Report on vaccination in the Province of Bengal - 1874-1889
Year: 1874
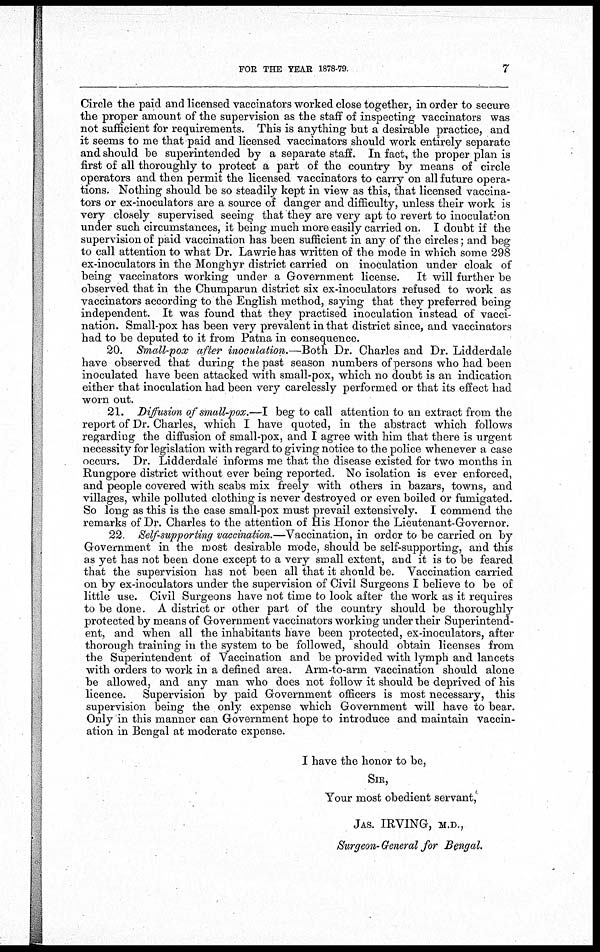
FOR THE YEAR 1878-79.
7
Circle the paid and licensed vaccinators worked close together, in order to secure
the proper amount of the supervision as the staff of inspecting vaccinators was
not sufficient for requirements. This is anything but a desirable practice, and
it seems to me that paid and licensed vaccinators should work entirely separate
and should be superintended by a separate staff. In fact, the proper plan is
first of all thoroughly to protect a part of the country by means of circle
operators and then permit the licensed vaccinators to carry on all future opera-
tions. Nothing should be so steadily kept in view as this, that licensed vaccina-
tors or ex-inoculators are a source of danger and difficulty, unless their work is
very closely supervised seeing that they are very apt to revert to inoculation
under such circumstances, it being much more easily carried on. I doubt if the
supervision of paid vaccination has been sufficient in any of the circles; and beg
to call attention to what Dr. Lawrie has written of the mode in which some 298
ex-inoculators in the Monghyr district carried on inoculation under cloak of
being vaccinators working under a Government license. It will further be
observed that in the Chumparun district six ex-inoculators refused to work as
vaccinators according to the English method, saying that they preferred being
independent. It was found that they practised inoculation instead of vacci-
nation. Small-pox has been very prevalent in that district since, and vaccinators
had to be deputed to it from Patna in consequence.
20. Small-pox after inoculation.—Both Dr. Charles and Dr. Lidderdale
have observed that during the past season numbers of persons who had been
inoculated have been attacked with small-pox, which no doubt is an indication
either that inoculation had been very carelessly performed or that its effect had
worn out.
21. Diffusion of small-pox.—I beg to call attention to an extract from the
report of Dr. Charles, which I have quoted, in the abstract which follows
regarding the diffusion of small-pox, and I agree with him that there is urgent
necessity for legislation with regard to giving notice to the police whenever a case
occurs. Dr. Lidderdale informs me that the disease existed for two months in
Rungpore district without ever being reported. No isolation is ever enforced,
and people covered with scabs mix freely with others in bazars, towns, and
villages, while polluted clothing is never destroyed or even boiled or fumigated.
So long as this is the case small-pox must prevail extensively. I commend the
remarks of Dr. Charles to the attention of His Honor the Lieutenant-Governor.
22. Self-supporting vaccination.—Vaccination, in order to be carried on by
Government in the most desirable mode, should be self-supporting, and this
as yet has not been done except to a very small extent, and it is to be feared
that the supervision has not been all that it should be. Vaccination carried
on by ex-inoculators under the supervision of Civil Surgeons I believe to be of
little use. Civil Surgeons have not time to look after the work as it requires
to be done. A district or other part of the country should be thoroughly
protected by means of Government vaccinators working under their Superintend-
ent, and when all the inhabitants have been protected, ex-inoculators, after
thorough training in the system to be followed, should obtain licenses from
the Superintendent of Vaccination and be provided with lymph and lancets
with orders to work in a defined area. Arm-to-arm vaccination should alone
be allowed, and any man who does not follow it should be deprived of his
licence. Supervision by paid Government officers is most necessary, this
supervision being the only expense which Government will have to bear.
Only in this manner can Government hope to introduce and maintain vaccin-
ation in Bengal at moderate expense.
I have the honor to be,
SIR,
Your most obedient servant,
JAS. IRVING, M.D.,
Surgeon-General for Bengal.